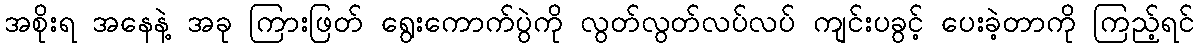
အစိုးရ အနေနဲ့ အခု ကြားဖြတ် ရွေးကောက်ပွဲကို လွတ်လွတ်လပ်လပ် ကျင်းပခွင့် ပေးခဲ့တာကို ကြည့်ရင်